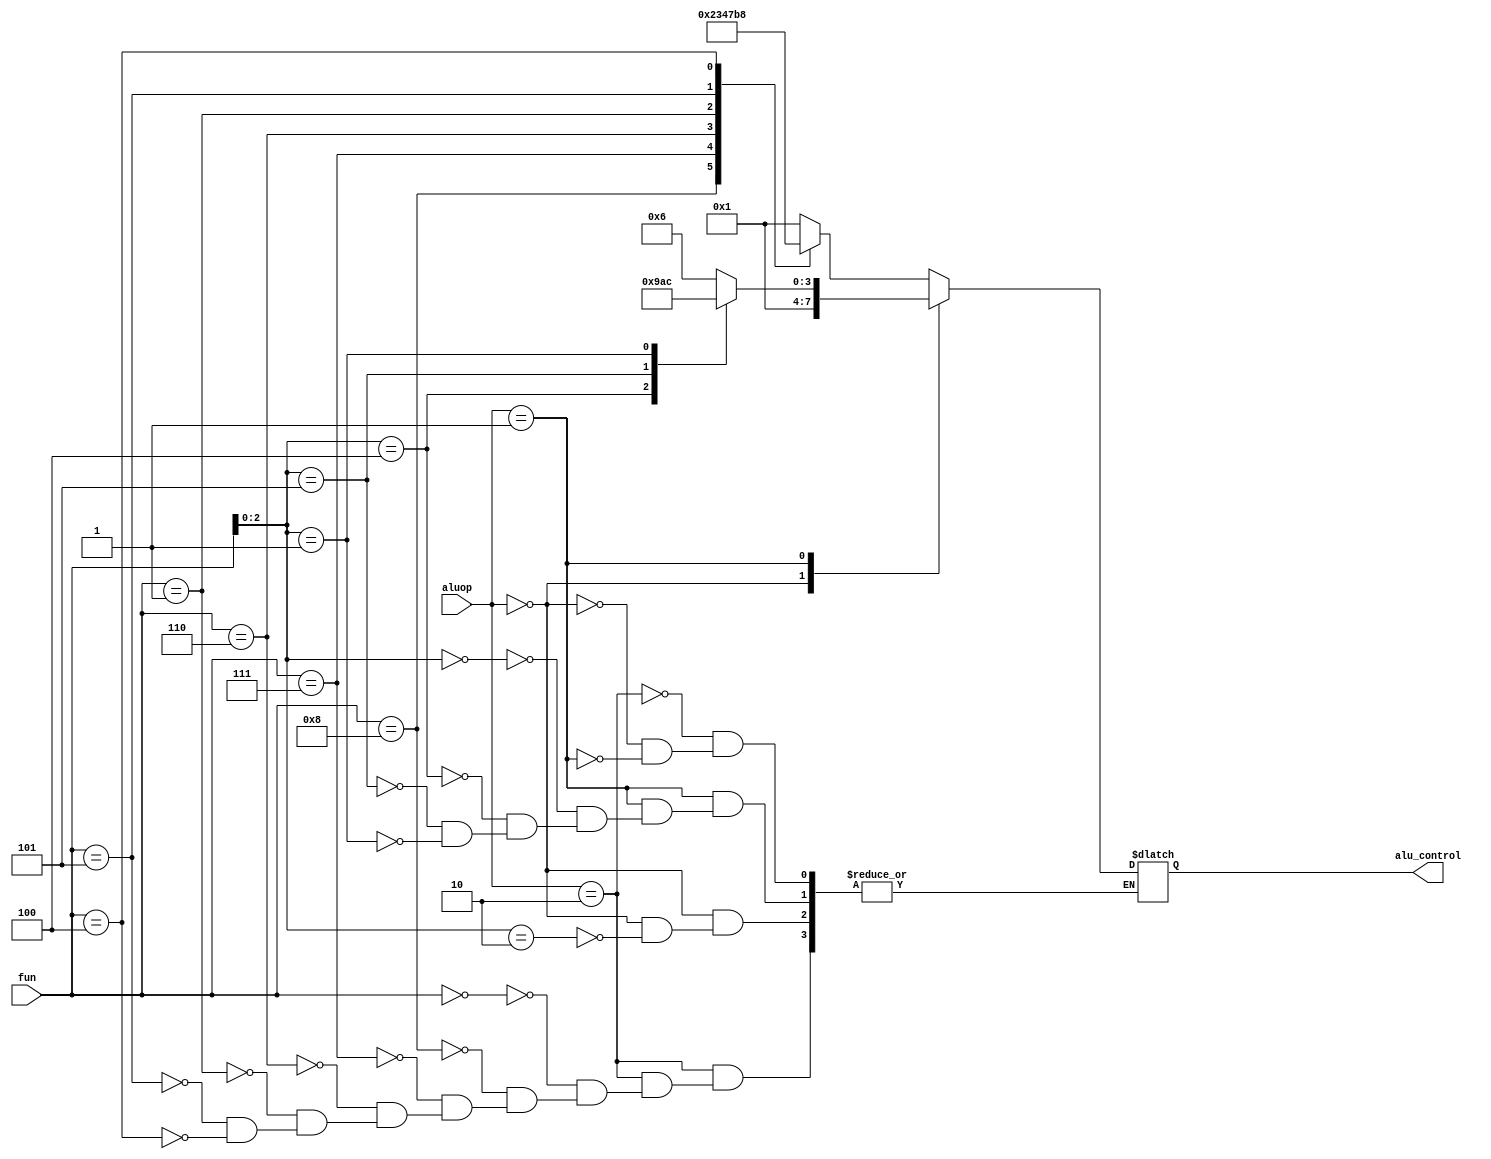
`timescale 1ns / 1ps
//////////////////////////////////////////////////////////////////////////////////
// Company: 
// Engineer: 
// 
// Design Name: 
// Module Name: alu_control
// Project Name: 
// Target Devices: 
// Tool Versions: 
// Description: 
// 
// Dependencies: 
// 
// Revision:
// Revision 0.01 - File Created
// Additional Comments:
// 
//////////////////////////////////////////////////////////////////////////////////


module alu_control(
    input [3:0] fun,
    input [1:0] aluop,
    output [3:0] alu_control
    );
   reg [3:0] temp_control;
   assign alu_control=temp_control;
   
    always @(*)
        begin
        case(aluop)
        2'b10: begin  //r type
                    case(fun)
                        4'b0000:temp_control=4'b0001;//add control
                        4'b1000:temp_control=4'b0010;//sub control
                        4'b0111:temp_control=4'b0011;//and control
                        4'b0110:temp_control=4'b0100;//or control
                        4'b0001:temp_control=4'b0111;//shift left
                        4'b0101:temp_control=4'b1011;//shift right 
                        4'b0100:temp_control=4'b1000;//xor 
                        
                     endcase
                end
         2'b00:begin  //lw and sw
                       case(fun[2:0])
                       3'b010:temp_control=4'b0001;//add 
                       
                       endcase
                       
               end                
         2'b01: begin  //branch aluop
                        case(fun[2:0])
                        3'b000:temp_control=4'b0110;//for BEQ sub control
                        3'b100:temp_control=4'b1001;//for BLT 
                        3'b101:temp_control=4'b1010;//for BGE
                        3'b001:temp_control=4'b1100;//for BNE
                        endcase
                end       
     
        endcase
        end
    
endmodule